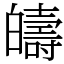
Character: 㿧